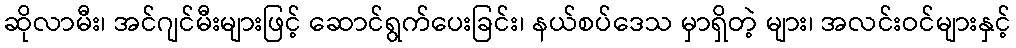
ဆိုလာမီး၊ အင်ဂျင်မီးများဖြင့် ဆောင်ရွက်ပေးခြင်း၊ နယ်စပ်ဒေသ မှာရှိတဲ့ များ၊ အလင်းဝင်များနှင့်